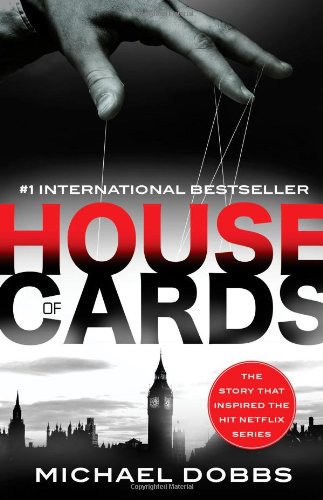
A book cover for House of Cards: The dark political thriller that inspired the hit Netflix series; Michael Dobbs; Literature & Fiction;